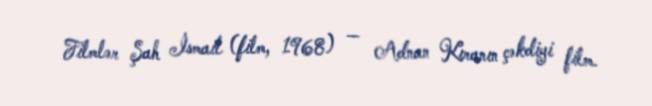
Filmlər Şah İsmail (film, 1968) — Adnan Kıranın çəkdiyi film.